Report on vaccination in the Province of Bengal - 1874-1889
Year: 1874
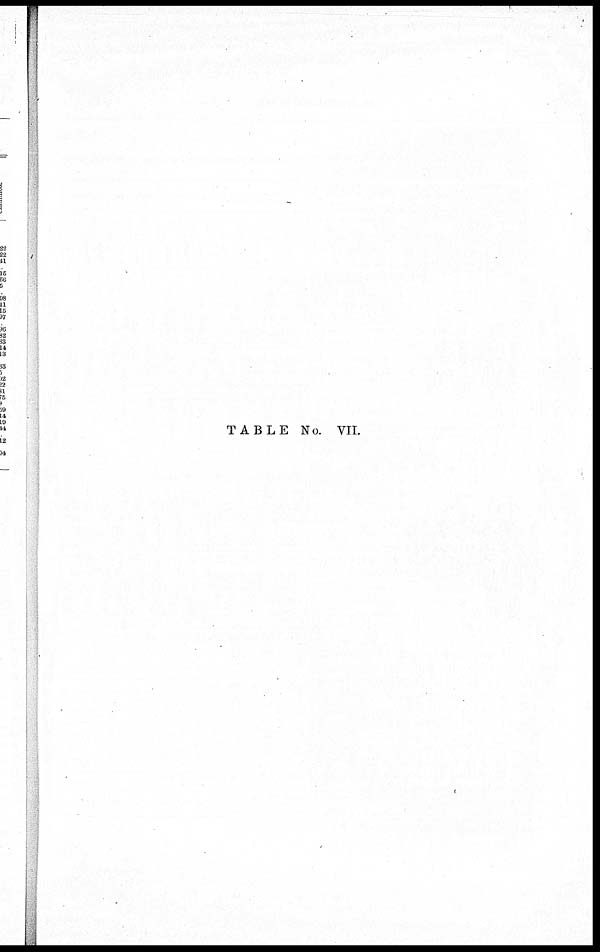
TABLE No. VII.